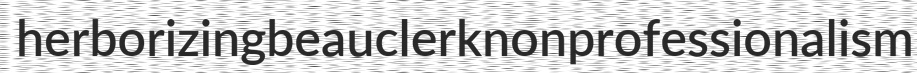
herborizing beauclerk nonprofessionalism